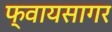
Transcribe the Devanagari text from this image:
फ्वायसागर